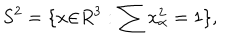
LaTeX: S ^ { 2 } = \{ x { \in } R ^ { 3 } : \sum x _ { \alpha } ^ { 2 } = 1 \} ,